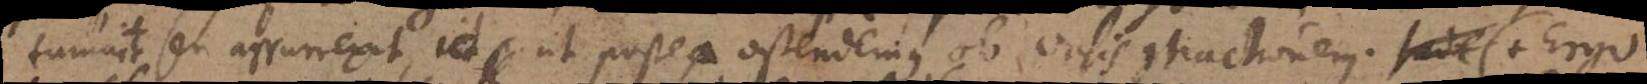
tumuit seu assurrexit, id ut postea ostendemus, ob vasis contractionem. Inde (+ Ergo